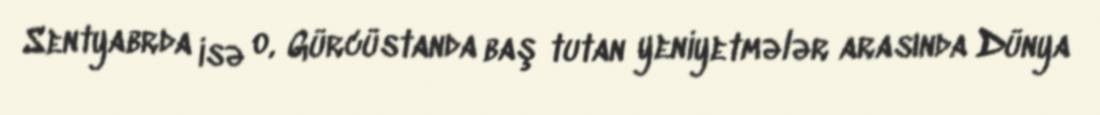
Sentyabrda isə o, Gürcüstanda baş tutan yeniyetmələr arasında Dünya